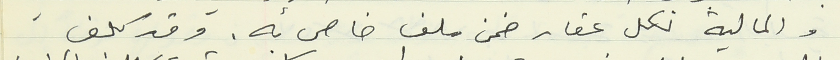
والمالية لكل عقار ضمن ملف خاص به. وقد كلف